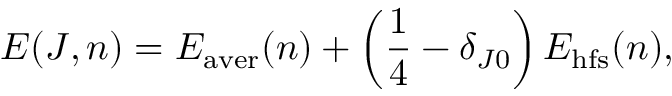
E ( J , n ) = E _ { \mathrm { a v e r } } ( n ) + \left( { \frac { 1 } { 4 } } - \delta _ { J 0 } \right) E _ { \mathrm { h f s } } ( n ) ,